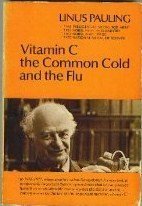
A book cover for Vitamin C, the Common Cold, and the Flu; Linus Carl Pauling; Health, Fitness & Dieting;